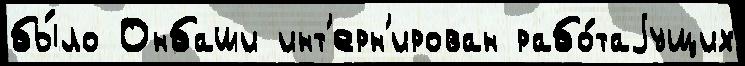
бы́ло Онбаши инт'ерн'ирован рабо́таjущих